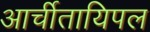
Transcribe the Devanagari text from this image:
आर्चीतायिपल